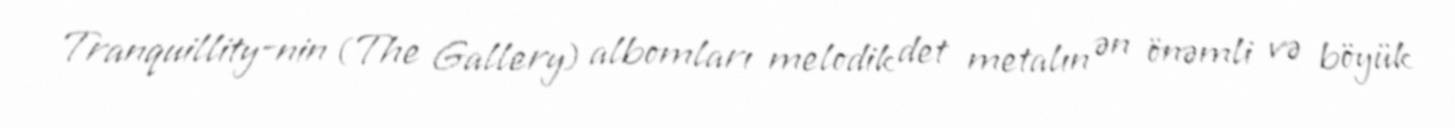
Tranquillity-nin (The Gallery) albomları melodik det metalın ən önəmli və böyük